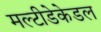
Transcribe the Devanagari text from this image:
मल्टीडेकेडल